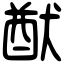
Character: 猷